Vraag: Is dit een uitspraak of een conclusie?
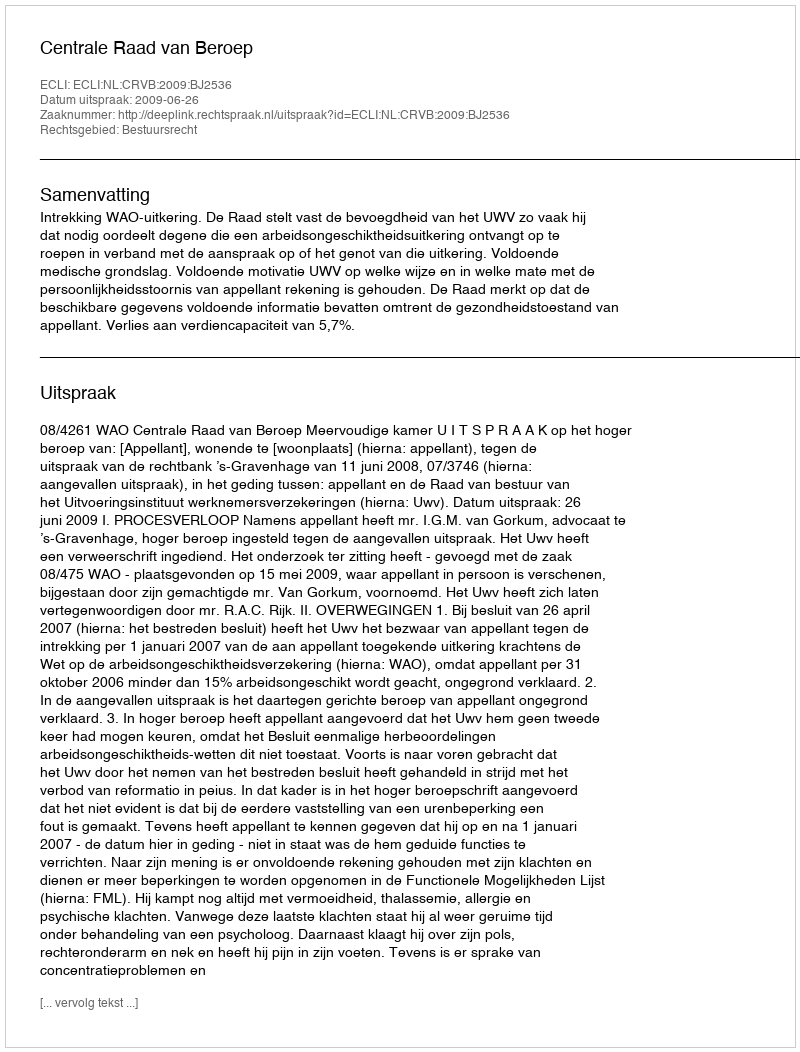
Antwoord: Uitspraak